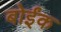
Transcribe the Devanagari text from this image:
बोईंक